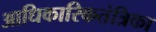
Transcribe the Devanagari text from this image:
आधिकारिकतंत्रिका